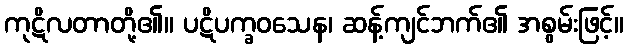
ကုဋိလတာတို့၏။ ပဋိပက္ခဝသေန၊ ဆန့်ကျင်ဘက်၏ အစွမ်းဖြင့်။